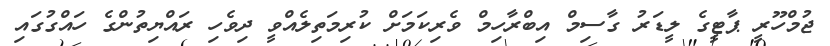
ޖުމްހޫރީ ޕާޓީގެ ލީޑަރު ގާސިމް އިބްރާހިމް ވެރިކަމަށް ކުރިމަތިލެއްވީ ދިވެހި ރައްޔިތުންގެ ހައްގުގައި